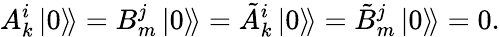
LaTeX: A_{k}^{i}\left.\left|0\right\rangle\! \right\rangle=B_{m}^{j}\left.\left|0\right\rangle\! \right\rangle=\tilde{A}_{k}^{i}\left.\left|0\right\rangle\! \right\rangle=\tilde{B}_{m}^{j}\left.\left|0\right\rangle\! \right\rangle=0.